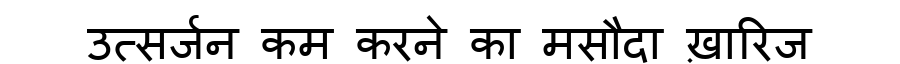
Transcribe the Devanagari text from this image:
उत्सर्जन कम करने का मसौदा ख़ारिज